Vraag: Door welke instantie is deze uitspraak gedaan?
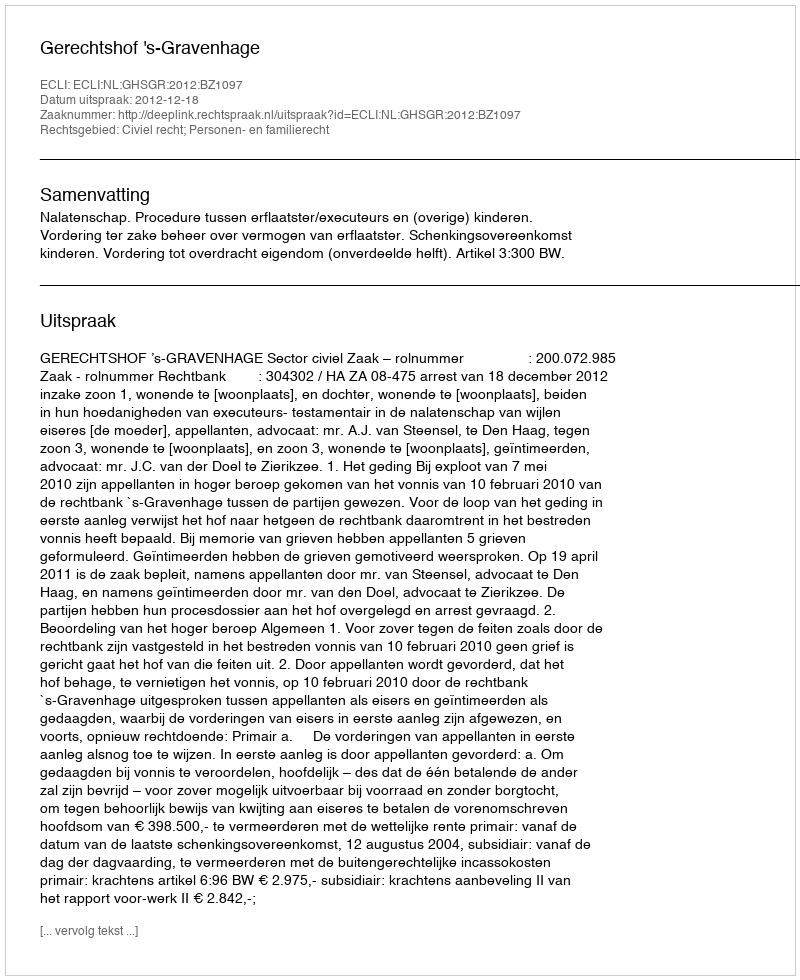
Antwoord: Gerechtshof 's-Gravenhage